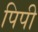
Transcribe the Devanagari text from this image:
पिपी